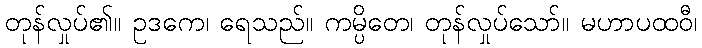
တုန်လှုပ်၏။ ဥဒကေ၊ ရေသည်။ ကမ္ပိတေ၊ တုန်လှုပ်သော်။ မဟာပထဝီ၊